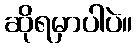
ဆိုရမှာပါပဲ။